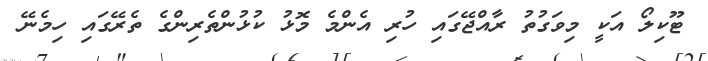
ޓޫކިލޯ އަކީ މިވަގުތު ރާއްޖޭގައި ހުރި އެންމެ މޮޅު ކުޅުންތެރިންގެ ތެރޭގައި ހިމެނޭ